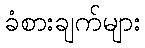
ခံစားချက်များ